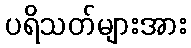
ပရိသတ်များအား